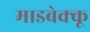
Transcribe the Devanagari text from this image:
माडबेक्कू